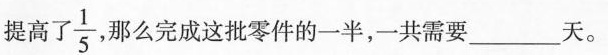
提高了\frac {1} {5} ，那么完成这批零件的一半，一共需要___天。